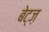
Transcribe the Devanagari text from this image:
बेट्ज़